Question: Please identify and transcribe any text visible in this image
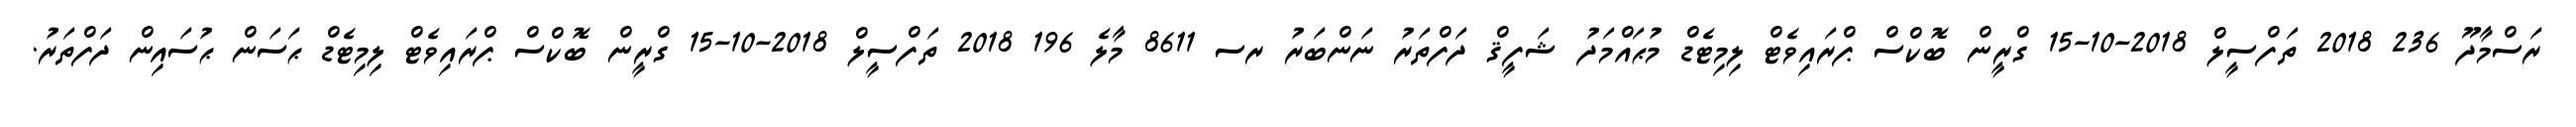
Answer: ރަސްމާދޫ 236 2018 ތަފްސީލް 2018-10-15 ގްރީން ބޮކްސް ޕްރައިވެޓް ލިމިޓެޑް މުޙައްމަދު ޝަފީޤް ދަފްތަރު ނަންބަރު ރސ 8611 މާލެ 196 2018 ތަފްސީލް 2018-10-15 ގްރީން ބޮކްސް ޕްރައިވެޓް ލިމިޓެޑް ޙަސަން ޙުސައިން ދަފްތަރު.